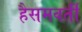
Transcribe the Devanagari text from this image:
हैसमवर्ती